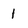
Character: 1